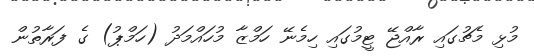
މުޅި މެޗުގައި ރާއްޖޭ ޓީމުގައި ހިމެނޭ ހަމްޒާ މުހައްމަދު (ހަމްޕު) ގެ ފަރާތުން